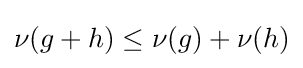
\nu (g+h)\leq \nu (g)+\nu (h)